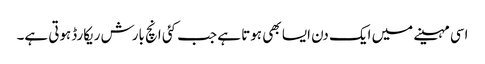
اسی مہینے میں ایک دن ایسا بھی ہوتا ہے جب کئی انچ بارش ریکارڈہوتی ہے۔